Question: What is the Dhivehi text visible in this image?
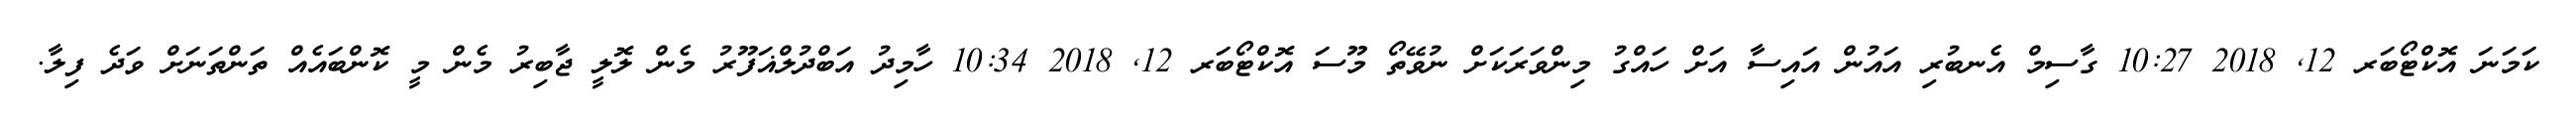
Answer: ކަމަނަ އޮކްޓޯބަރ 12, 2018 10:27 ގާސިމް އެނބުރި އައުން އައިސާ އަށް ހައްގު މިންވަރަކަށް ނުވޭތޯ މޫސަ އޮކްޓޯބަރ 12, 2018 10:34 ހާމިދު އަބްދުލްޣަފޫރު މެން ލޮލީ ޖާބިރު މެން މީ ކޮންބައެއް ތަންތަނަށް ވަދެ ފިލާ.